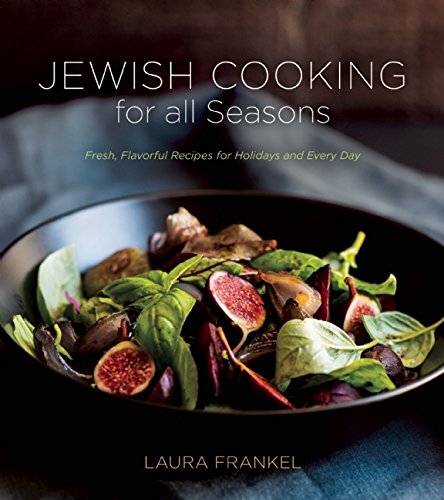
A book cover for Jewish Cooking for All Seasons: Fresh, Flavorful Recipes for Holidays and Every Day; Laura Frankel; Cookbooks, Food & Wine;